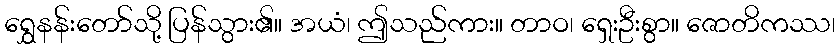
ရွှေနန်းတော်သို့ ပြန်သွား၏။ အယံ၊ ဤသည်ကား။ တာဝ၊ ရှေးဦးစွာ။ ဇောတိကဿ၊